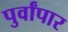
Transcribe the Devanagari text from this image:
पुर्वांपार